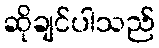
ဆိုချင်ပါသည်